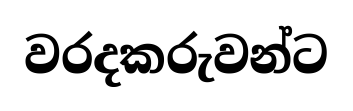
වරදකරුවන්ට